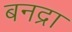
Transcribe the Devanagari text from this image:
बनद्रा